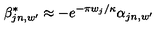
\beta _ { j n , w ^ { \prime } } ^ { * } \approx - e ^ { - \pi w _ { j } / \kappa } \alpha _ { j n , w ^ { \prime } }